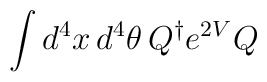
\int d^{4} x \, d^{4}\theta\, Q^{\dagger} e^{2V} Q